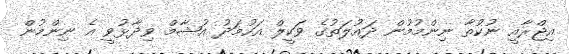
އިޖްރާއީ ނުކުތާ ނިންމުމުން ދައުލަތުގެ ވަކީލް އަހުމަދު އުޝާމް ވިދާޅުވީ އެ ނިންމުން